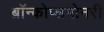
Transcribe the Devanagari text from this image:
ब्रॉन्कोप्लमोनरी